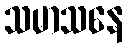
သမာသနေ